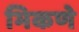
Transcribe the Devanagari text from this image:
भिकणे